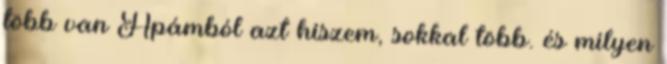
több van Apámból azt hiszem, sokkal több. és milyen